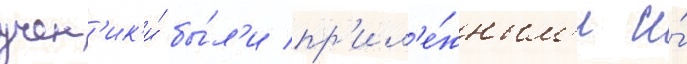
учен'ик'и́ бы́л'и пр'ил'е́жным'и и́